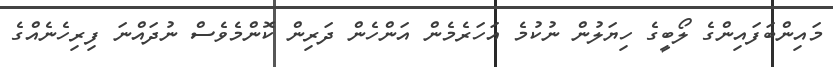
މައިންބަފައިންގެ ލޯބީގެ ހިޔަލުން ނުކުމެ އަހަރެމެން އަންހެން ދަރިން ކޮންމެވެސް ނުދައްނަ ފިރިހެނެއްގެ